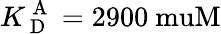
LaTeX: K_{\mathrm{~D~}}^{\mathrm{~A~}}=2900\mathrm{\ muM}